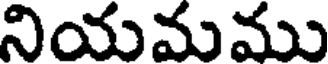
నియమము